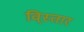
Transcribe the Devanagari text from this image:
वि्स्तार